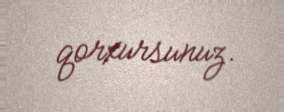
qorxursunuz.